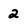
Character: 2